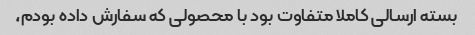
بسته ارسالی کاملا متفاوت بود با محصولی که سفارش داده بودم،